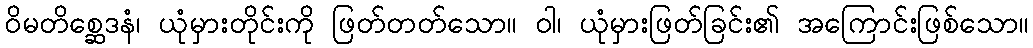
ဝိမတိစ္ဆေဒနံ၊ ယုံမှားတိုင်းကို ဖြတ်တတ်သော။ ဝါ၊ ယုံမှားဖြတ်ခြင်း၏ အကြောင်းဖြစ်သော။